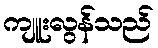
ကျူးလွန်သည်